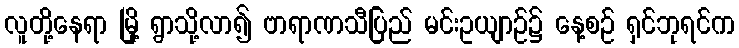
လူတို့နေရာ မြို့ ရွာသို့လာ၍ ဗာရာဏသီပြည် မင်းဥယျာဉ်၌ နေ့စဉ် ရှင်ဘုရင်က